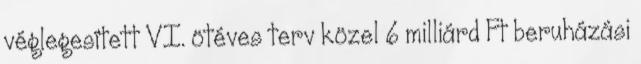
véglegesített VI. ötéves terv közel 6 milliárd Ft beruházási